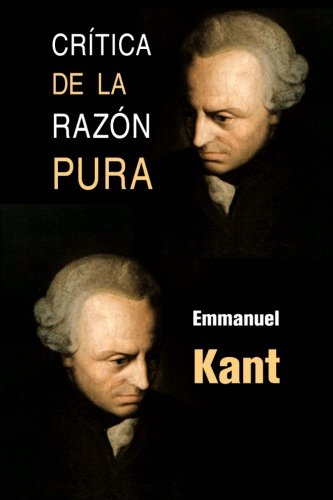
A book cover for CrÃ­tica de la razÃ³n pura (Spanish Edition); Emmanuel Kant; Politics & Social Sciences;